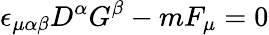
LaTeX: \epsilon_{\mu\alpha\beta}D^{\alpha}G^{\beta}-mF_{\mu}=0